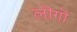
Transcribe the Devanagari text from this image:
लॊगॊ